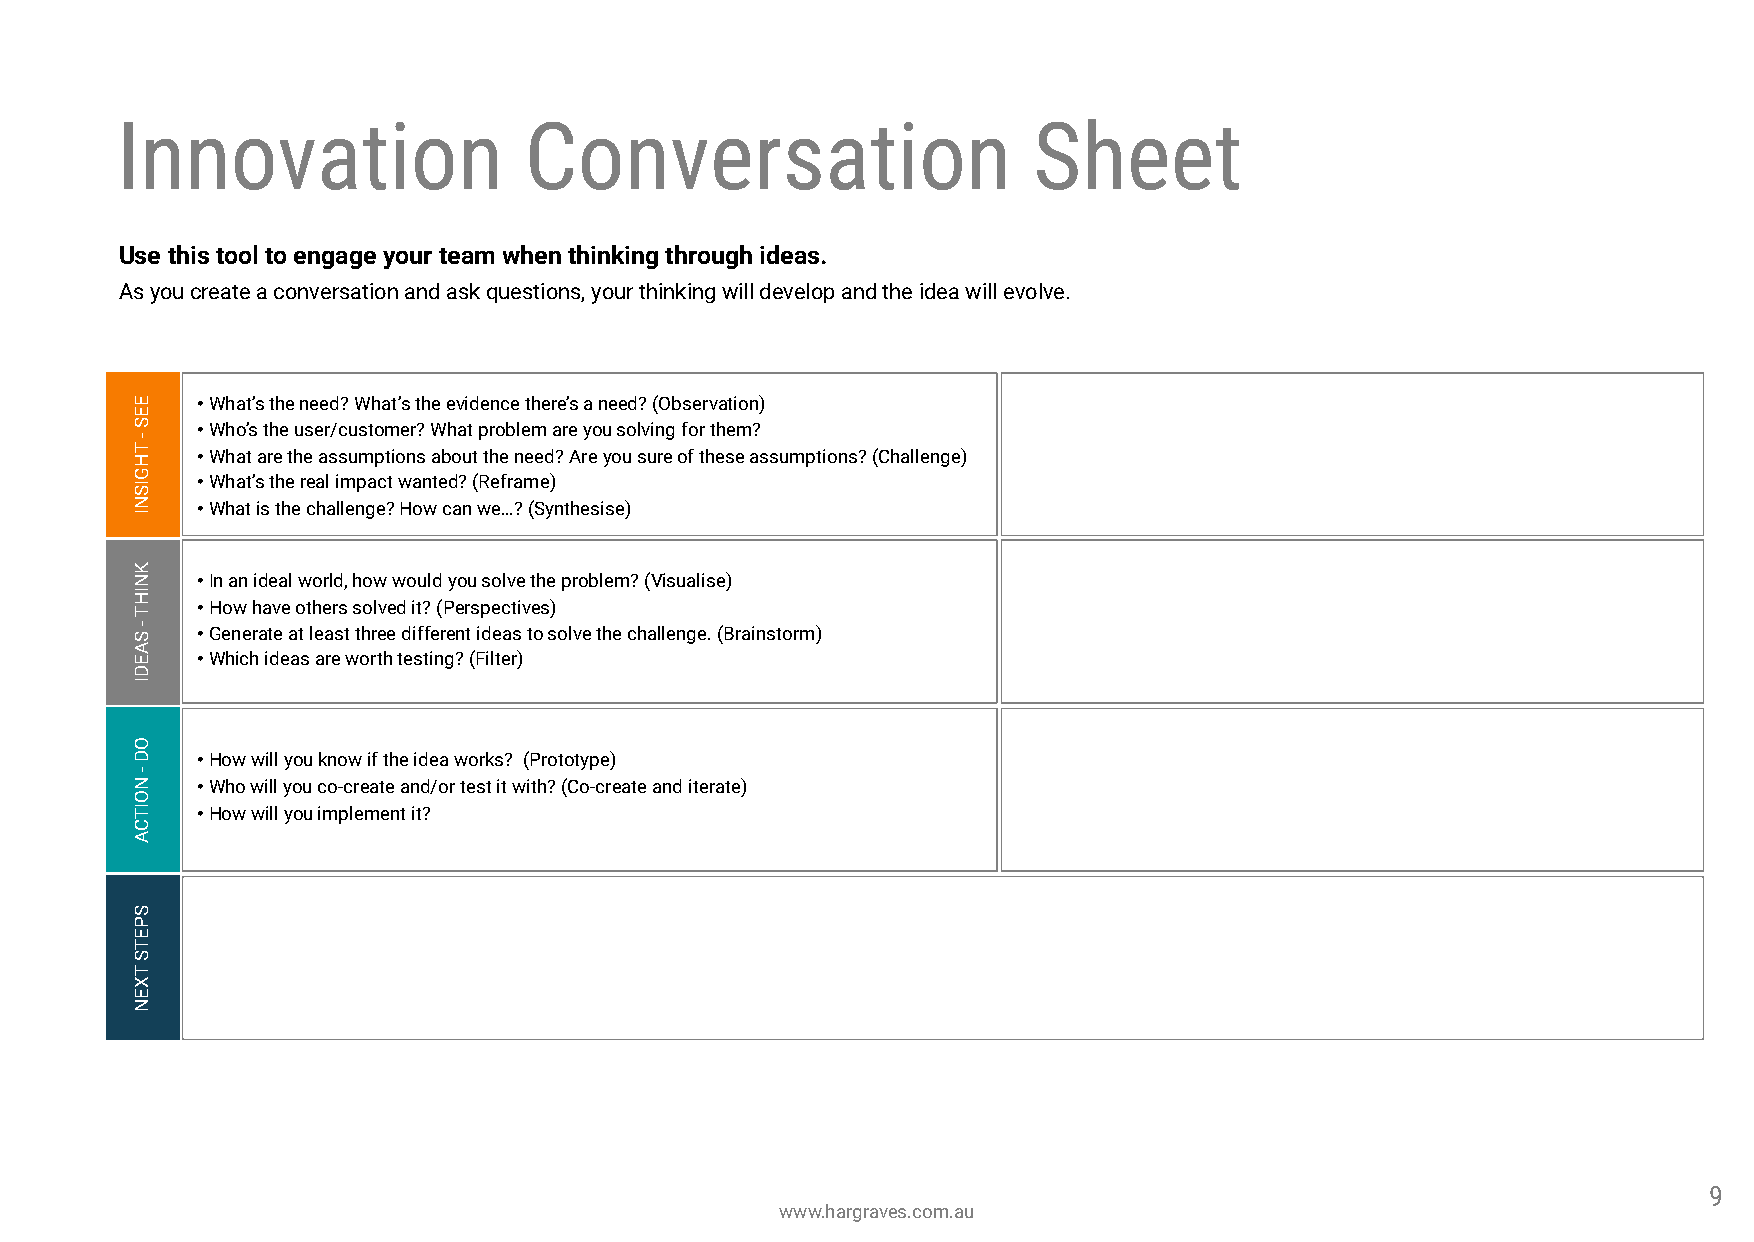
Innovation                 Conversation                     Sheet
 Use this tool to engage your team when thinking through ideas.
 As you create a conversation and ask questions, your thinking will develop and the idea will evolve.
 E   •What’s the need? What’s the evidence there’s a need? (Observation)
 E
 HT
 -
 S   • •W Wh ho a’ ts
 a
 t rh ee
 t
 u hs ee ar s/c su us mto pm tioe nr?
 s
 W abh oa ut
 t
 p tr ho eb nle em
 ed
 a ?r e
 A
 ry eo u
 yo
 s uo slv uin reg ofo
 f
 r
 t
 hth ese em a?
 ssumptions? (Challenge)
 G
 SI  •What’s the real impact wanted? (Reframe)
 N   •What is the challenge? How can we…? (Synthesise)
 I
 K
 N   •In an ideal world, how would you solve the problem? (Visualise)
 HI
 T   •How have others solved it? (Perspectives)
 S - •Generate at least three different ideas to solve the challenge. (Brainstorm)
 A
 E   •Which ideas are worth testing? (Filter)
 D
 I
 O
 D   •How will you know if the idea works? (Prototype)
 N
 -
 •Who will you co-create and/or test it with? (Co-create and iterate)
 O
 TI  •How will you implement it?
 C
 A
 S
 P
 E
 T
 S
 T
 X
 E
 N
 9
 www.hargraves.com.au